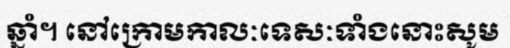
ឆ្នាំ។ នៅក្រោមកាលៈទេសៈទាំងនោះសូម